Lunatic asylums Punjab 1911-1921 - 1911-1921
Year: 1911
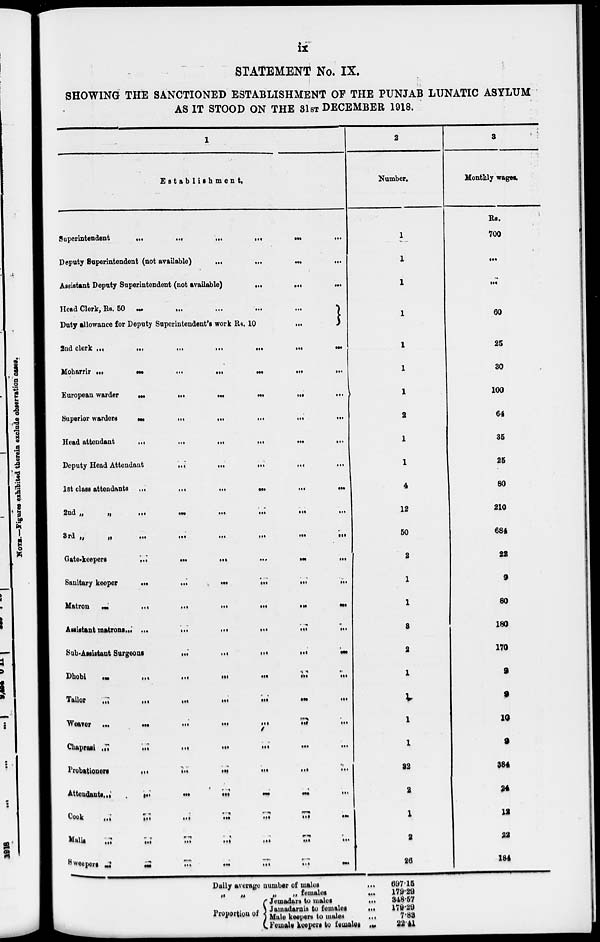
ix
STATEMENT No. IX.
SHOWING THE SANCTIONED ESTABLISHMENT OF THE PUNJAB LUNATIC ASYLUM
AS IT STOOD ON THE 31ST DECEMBER 1918.
1
Establishment.
Superintendent
...
...
...
...
...
...
Deputy Superintendent (not available) ... ... ...
Assistant Deputy Superintendent (not available)
...
...
Head Clerk, Rs. 60 ... ... ... ... ... ...
Duty allowance for Deputy Superintendent's work Rs. 10 ...
2nd clerk
...
...
...
...
...
...
Moharrir
...
...
...
...
...
...
European warder ... ... ... ... ... ...
Superior warders
...
...
...
...
...
...
Head attendant
...
...
...
...
...
...
Deputy Head Attendant
...
...
...
...
...
...
1st class attendants
...
...
...
...
...
...
2nd
„
„
...
...
...
...
...
...
3rd
„
„
...
...
...
...
...
...
Gate-keepers
...
...
...
...
...
...
Sanitary keeper
...
...
...
...
...
...
Matron
...
...
...
...
...
...
Assistant matrons
...
...
...
...
...
...
Sub-Assistant Surgeons
...
...
...
...
...
...
Dhobi ... ... ... ... ... ...
Tailor
...
...
...
...
...
...
Weaver ... ... ... ... ... ...
Chaprasi
...
...
...
...
...
...
Probationers
...
...
...
...
...
...
Attendants
...
...
...
...
...
...
Cook
...
...
...
...
...
...
Malls ... ... ... ... ... ...
Sweepers
...
...
...
...
...
...
2
Number.
1
1
1
1
1
1
1
2
1
1
4
12
50
2
1
1
3
2
1
1
1
1
32
2
1
2
26
3
Monthly wages.
Rs.
700
...
...
60
25
30
100
64
35
25
80
210
684
22
9
80
180
170
9
9
10
9
384
24
12
22
184
Daily average number of males
...
„ „ „ „ ...
Proportion of
Jemadars to males
...
Jamadarnis to females
...
Male keepers to males
...
Female keepers to females ...
697.15
179.29
348.57
179.29
7.88
22.41